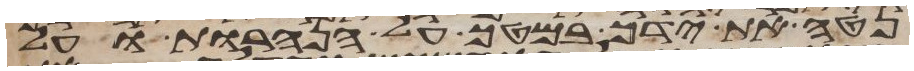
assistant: נטה את ידך במטך על הנהרות ועל